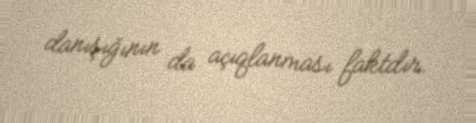
danışığının da açıqlanması faktdır.